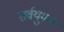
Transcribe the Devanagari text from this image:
सर्वयुगम